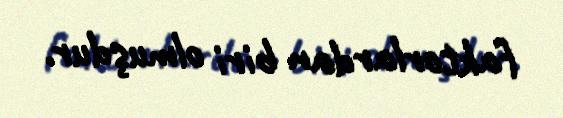
faktorlardan biri olmuşdur.